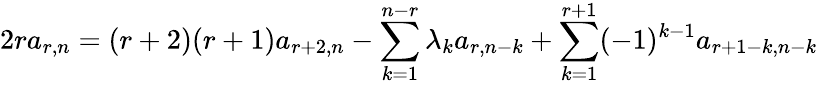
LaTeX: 2ra_{r,n}=(r+2)(r+1)a_{r+2,n}-\sum_{k=1}^{n-r}\lambda_{k}a_{r,n-k}+\sum_{k=1}^{r+1}(-1)^{k-1}a_{r+1-k,n-k}